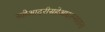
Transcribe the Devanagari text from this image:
सहेआदरीसहेआदरन्मारान।